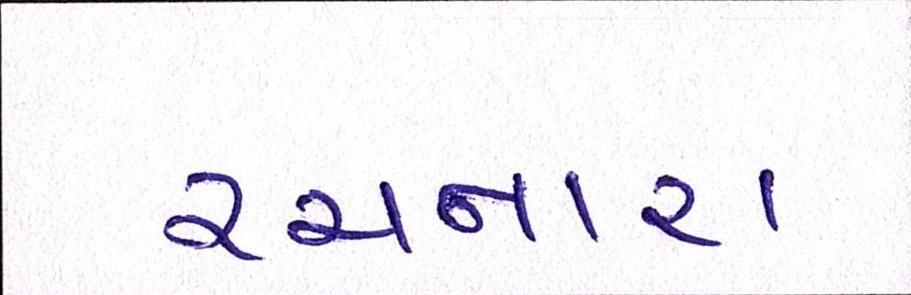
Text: રચનારા